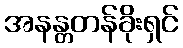
အနန္တတန်ခိုးရှင်